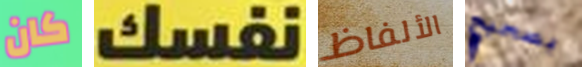
كان نفسك الألفاظ بصحيح